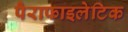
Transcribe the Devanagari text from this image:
पैराफाइलेटिक